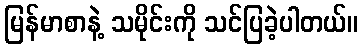
မြန်မာစာနဲ့ သမိုင်းကို သင်ပြခဲ့ပါတယ်။